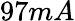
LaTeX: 97mA